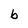
Character: b